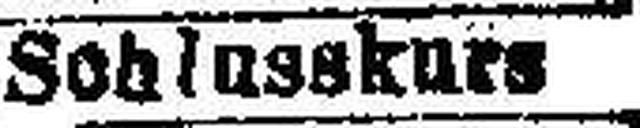
Schlusskurs